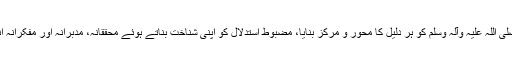
انہوں نے قرآن اور حدیثِ رسول صلی اللہ علیہ وآلہ وسلم کو ہر دلیل کا محور و مرکز بنایا، مضبوط اِستدلال کو اپنی شناخت بناتے ہوئے محققانہ، مدبرانہ اور مفکرانہ انداز سے علمی نکات بیان فرمائے۔